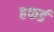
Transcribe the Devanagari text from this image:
हफर्ड